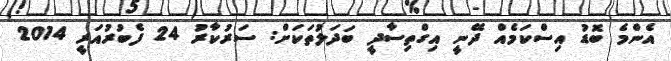
އެންމެ ބޮޑު އިސްކަމެއް ދޭނީ އިގްތިސާދީ ބަދަލުތަކަށް: ސަރުކާރު 24 ފެބުރުއަރީ 2014